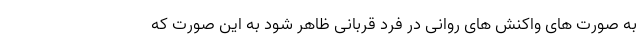
به صورت های واکنش های روانی در فرد قربانی ظاهر شود به این صورت که